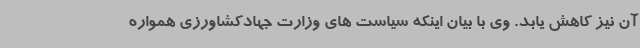
آن نیز کاهش یابد. وی با بیان اینکه سیاست های وزارت جهادکشاورزی همواره